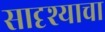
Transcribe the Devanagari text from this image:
सादृश्याचा